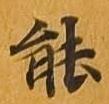
能